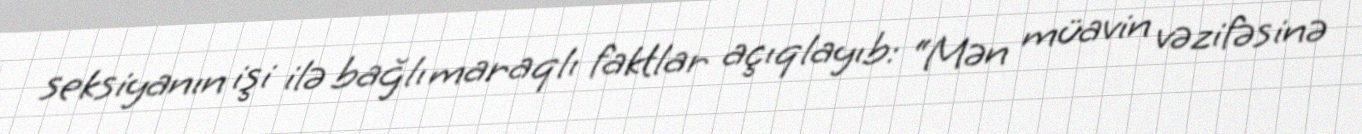
seksiyanın işi ilə bağlı maraqlı faktlar açıqlayıb: “Mən müavin vəzifəsinə